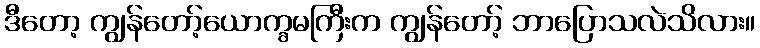
ဒီတော့ ကျွန်တော့်ယောက္ခမကြီးက ကျွန်တော့် ဘာပြောသလဲသိလား။